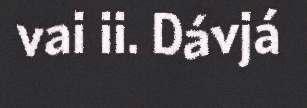
vai ii. Dávjá